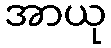
အာယု